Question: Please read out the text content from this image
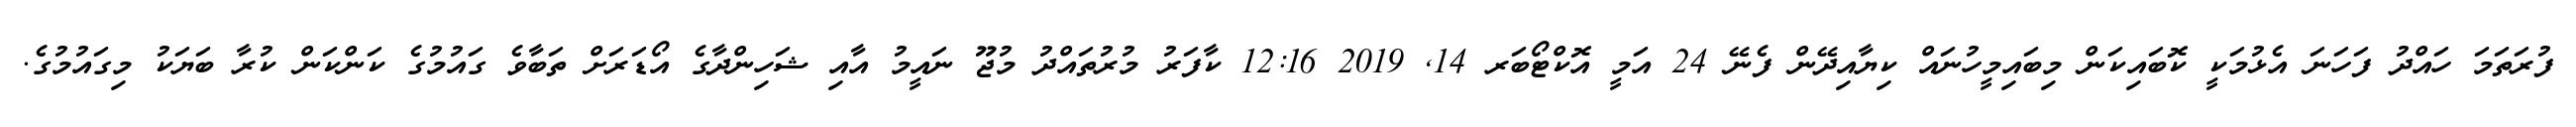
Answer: ފުރަތަމަ ހައްދު ފަހަނަ އެޅުމަކީ ކޮބައިކަން މިބައިމީހުނައް ކިޔާއިދޭން ފެނޭ 24 އަމީ އޮކްޓޯބަރ 14, 2019 12:16 ކާފަރު މުރުތައްދު މުޖޫ ނައީމު އާއި ޝަހިންދާގެ އޯޑަރަށް ތަބާވެ ގައުމުގެ ކަންކަން ކުރާ ބަޔަކު މިގައުމުގެ.